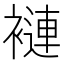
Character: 褳